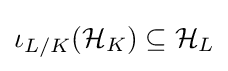
\iota _{L/K}({\mathcal {H}}_{K})\subseteq {\mathcal {H}}_{L}